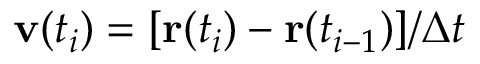
\mathbf { v } ( t _ { i } ) = [ \mathbf { r } ( t _ { i } ) - \mathbf { r } ( t _ { i - 1 } ) ] / \Delta t